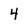
Character: 4